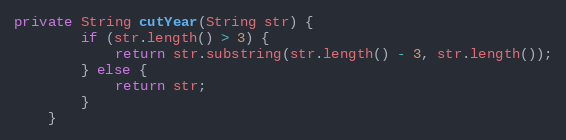
Language: Java
private String cutYear(String str) {
        if (str.length() > 3) {
            return str.substring(str.length() - 3, str.length());
        } else {
            return str;
        }
    }